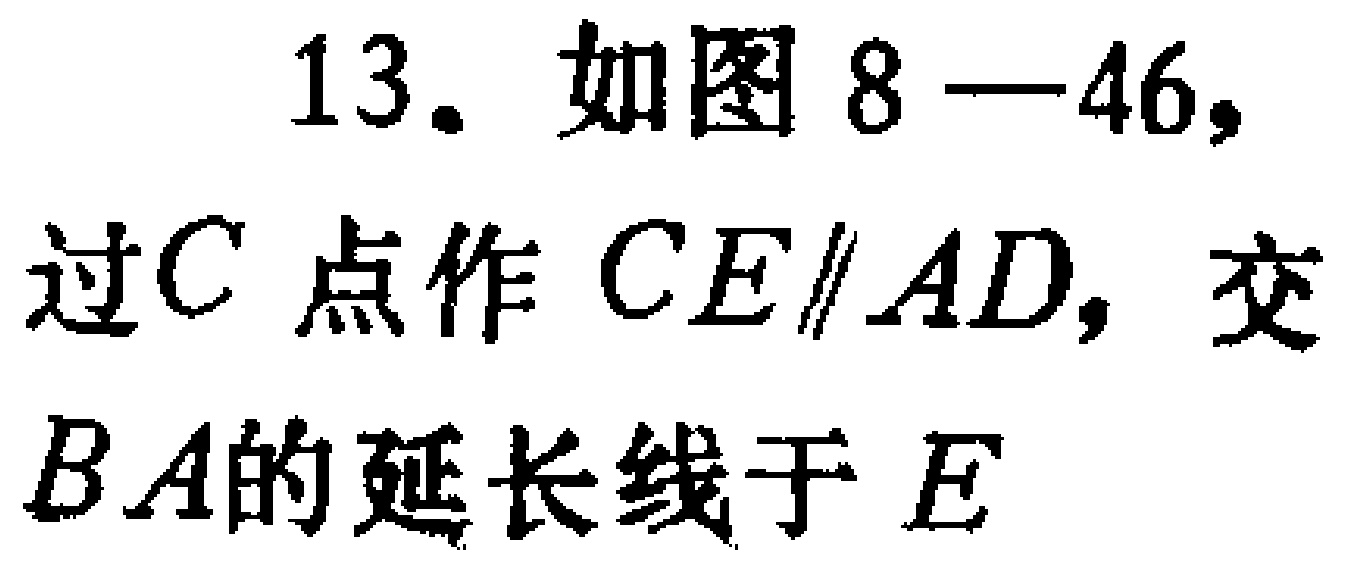
13. 如图8—46，过\(C\)点作\(CE\parallel AD\)，交\(BA\)的延长线于\(E\)